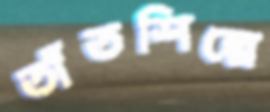
তাঁতশিল্পে